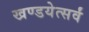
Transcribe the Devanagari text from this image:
खण्डयेत्सर्वं